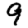
Digit: 9